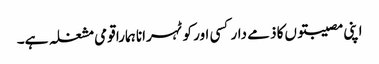
اپنی مصیبتوں‌کا ذمے دار کسی اور کو ٹہرانا ہمارا قومی مشغلہ ہے۔